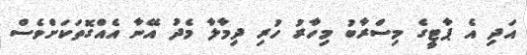
އަދި އެ ޕާޓީގެ މިސްރާބު މިހާރު ހުރި ދިމާލާ މެދު އޭނާ އެއްގޮތަކަށްވެސް